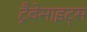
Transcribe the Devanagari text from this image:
ट्रैवेसाइट्स